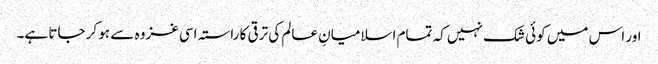
اور اس میں کوئی شک نہیں کہ تمام اسلامیانِ عالم کی ترقی کا راستہ اسی غزوہ سے ہو کر جاتا ہے۔